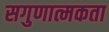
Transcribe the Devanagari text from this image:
सगुणात्मकता